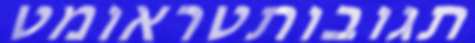
תגובותטראומט